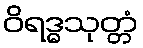
ဝိရဒ္ဓသုတ္တံ